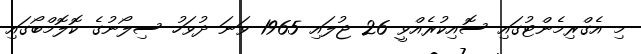
މި އެގްރިމެންޓުގައި ސޮއިކުރެއްވީ 26 ޖުލައި 1965 ވަނަ ދުވަހު ސިލޯނުގެ ކޮލޮމްބޯގައި